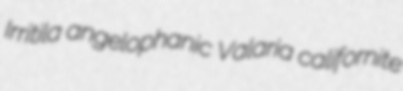
Irritila angelophanic Valaria californite